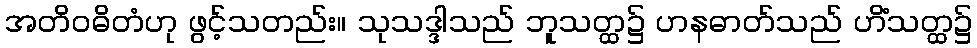
အတိဝဓိတံဟု ဖွင့်သတည်း။ သုသဒ္ဒါသည် ဘူသတ္ထ၌ ဟနဓာတ်သည် ဟိံသတ္ထ၌